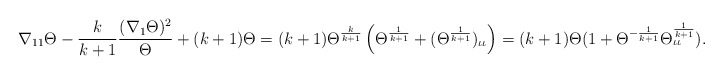
\begin{align*}\nabla_{11}\Theta-\frac{k}{k+1}\frac{(\nabla_{1}\Theta)^{2}}{\Theta}+(k+1)\Theta=(k+1)\Theta^{\frac{k}{k+1}}\left(\Theta^{\frac{1}{k+1}}+(\Theta^{\frac{1}{k+1}})_{\iota\iota}\right)=(k+1)\Theta(1+\Theta^{-\frac{1}{k+1}}\Theta^{\frac{1}{k+1}}_{\iota \iota}).\end{align*}